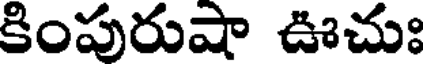
కింపురుషా ఊచుః